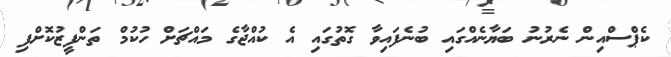
ކެޕްސްއިން ނެރުނު ބަޔާނެއްގައި ބުނެފައިވާ ގޮތުގައި އެ ކުއްޖާގެ މައްޗަށް ހުކުމް ތަންފީޒުކޮށްފި